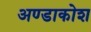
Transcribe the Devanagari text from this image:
अण्डाकोश